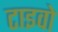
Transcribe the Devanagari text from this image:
टाइवो